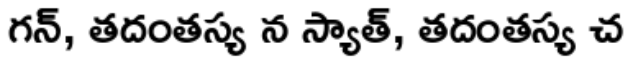
గన్, తదంతస్య న స్యాత్, తదంతస్య చ